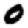
Digit: 0